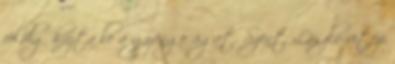
földig húzta le a gyönge ágat. Szent László vitézi